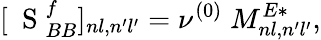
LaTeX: [\mathrm{~\mathbf~S~}_{BB}^{f}]_{nl,n^{\prime}l^{\prime}}=\nu^{(0)}\; M_{nl,n^{\prime}l^{\prime}}^{E*},